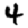
Digit: 4